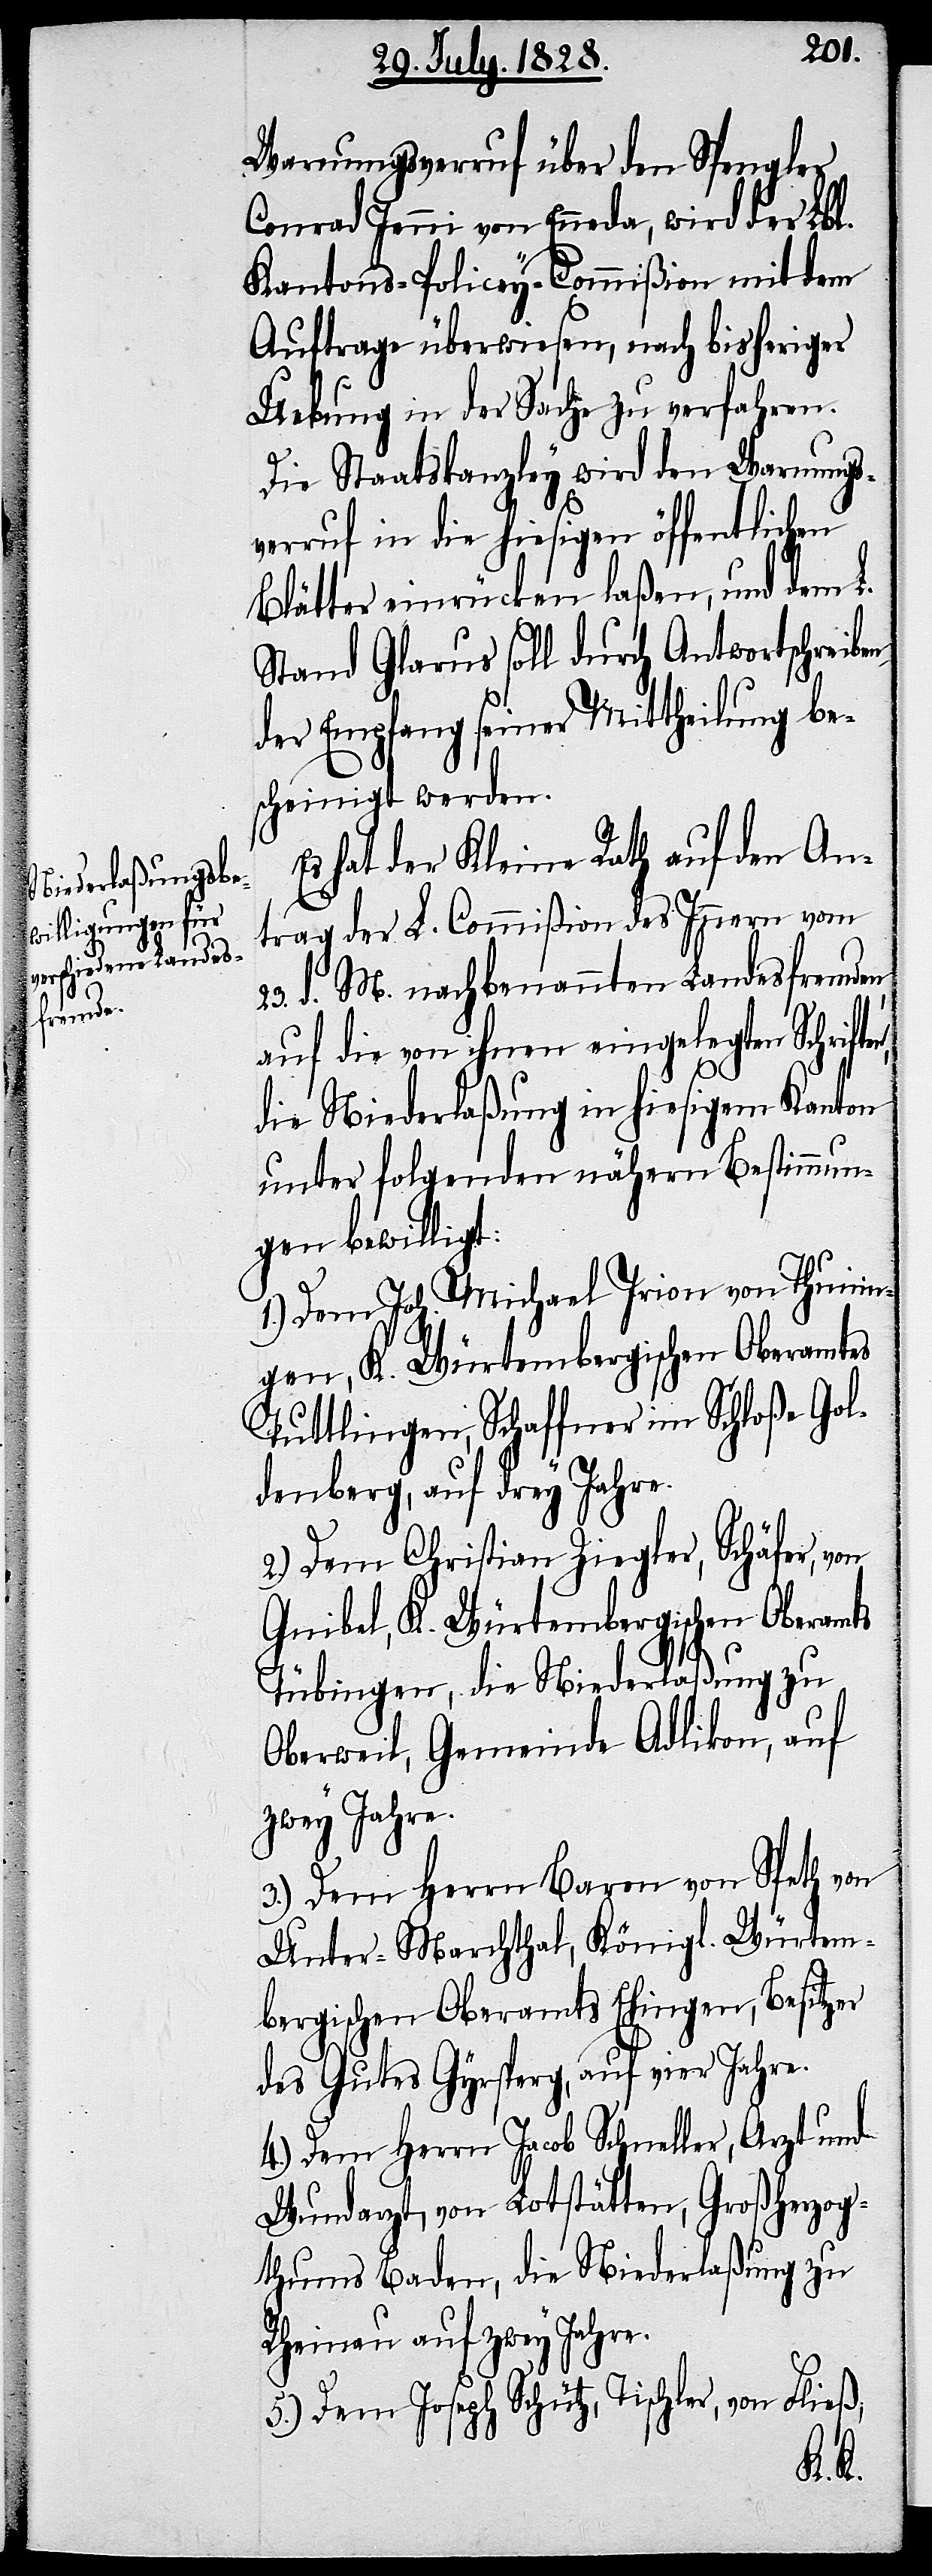
Warnungsverruf über den Spengler
Conrad Jenni von Enneda, wird der Lbl.
Kantons-Policey-Commißion mit dem
Auftrage überwiesen, nach bisheriger
Uebung in der Sache zu verfahren.
Die Staatskanzley wird den Warnungs¬
verruf in die hiesigen öffentlichen
Blätter einrücken laßen, und dem L.
Stand Glarus soll durch Antwortschreiben
der Empfang seiner Mittheilung be¬
scheinigt werden.
Es hat der Kleine Rath auf den An¬
trag der L. Commißion des Innern vom
23. d. M. nachbenannten Landesfremden,
auf die von ihnen eingelegten Schriften,
die Niederlaßung in hiesigem Kanton
unter folgenden nähern Bestimmun¬
gen bewilligt:
1.) Dem Joh. Michael Irion von Thunin¬
gen. K. Würtembergischen Oberamtes
Tuttlingen, Schaffner im Schloße Gol¬
denberg, auf drey Jahre.
2.) Dem Christian Ziegler, Schäfer,
Gnibel, K. Würtembergischen Oberamts
Tübingen, die Niederlaßung zu
Oberweil, Gemeinde Adlikon, auf
zwey Jahre.
3.) Dem Herrn Baron von Speth von
Unter-Marchthal, Königl. Würtem¬
bergischen Oberamts Ehingen, Besitzer
des Gutes Gyrsperg, auf vier Jahre.
4.) Dem Herrn Jacob Schneller, Arzt und
Wundarzt, von Lotstätten, Großherzog¬
thums Baden, die Niederlaßung zu
Rheinau auf zwey Jahre.
5.) Dem Joseph Schütz, Tischler, von Fließ,